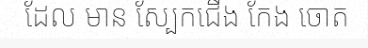
ដែល មាន ស្បែកជើង កែង ចោត